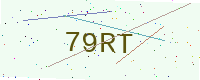
Text: 79RT